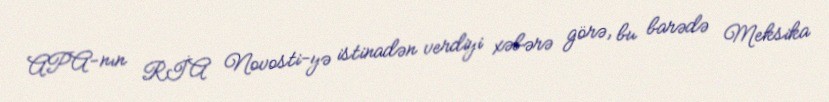
APA-nın RİA Novosti-yə istinadən verdiyi xəbərə görə, bu barədə Meksika